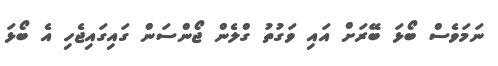
ނަމަވެސް ބޯޅަ ބޭރަށް އައި ވަގުތު ގްލެން ޖޯންސަން ގައިގައިޖެހި އެ ބޯޅަ